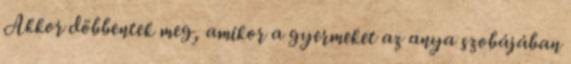
Akkor döbbentek meg, amikor a gyermeket az anya szobájában